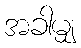
အခါမျှ